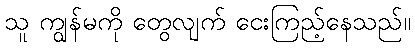
သူ ကျွန်မကို တွေလျက် ငေးကြည့်နေသည်။